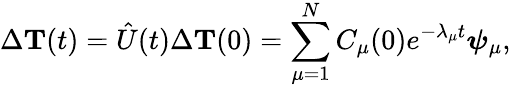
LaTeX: \Delta{{\mathbf T}}(t)=\hat{U}(t)\Delta{{\mathbf T}}(0)=\sum_{\mu=1}^{N}C_{\mu}(0)e^{-\lambda_{\mu}t}\boldsymbol{\psi}_{\mu},